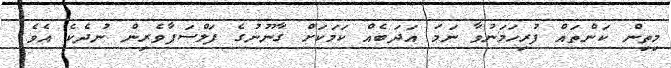
މިތިން ކަންތައް ފުރިހަމަނުވާ ނަމަ އަދަބެއް ކަމަކަށް ގާނޫނުގެ ފަލްސަފާވެރިން ނުދެކެ އެވެ.